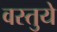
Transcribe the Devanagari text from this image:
वस्तुये